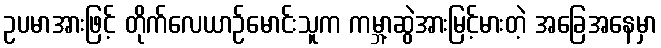
ဥပမာအားဖြင့် တိုက်လေယာဉ်မောင်းသူက ကမ္ဘာ့ဆွဲအားမြင့်မားတဲ့ အခြေအနေမှာ